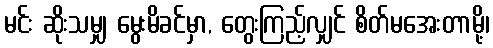
မင်း ဆိုးသမျှ မွေးမိခင်မှာ, တွေးကြည့်လျှင် စိတ်မအေးတာမို့၊